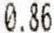
0.86